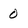
Character: 0